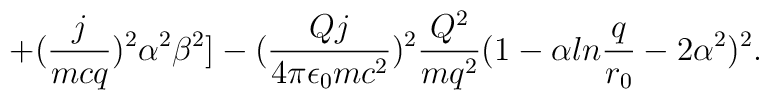
+({j\over{mcq}})^2\alpha^2\beta^2]-({{Qj}\over{4\pi\epsilon_0mc^2}})^2{{Q^2}\over{mq^2}}(1-\alpha ln{q\over{r_0}}-2\alpha^2)^2.